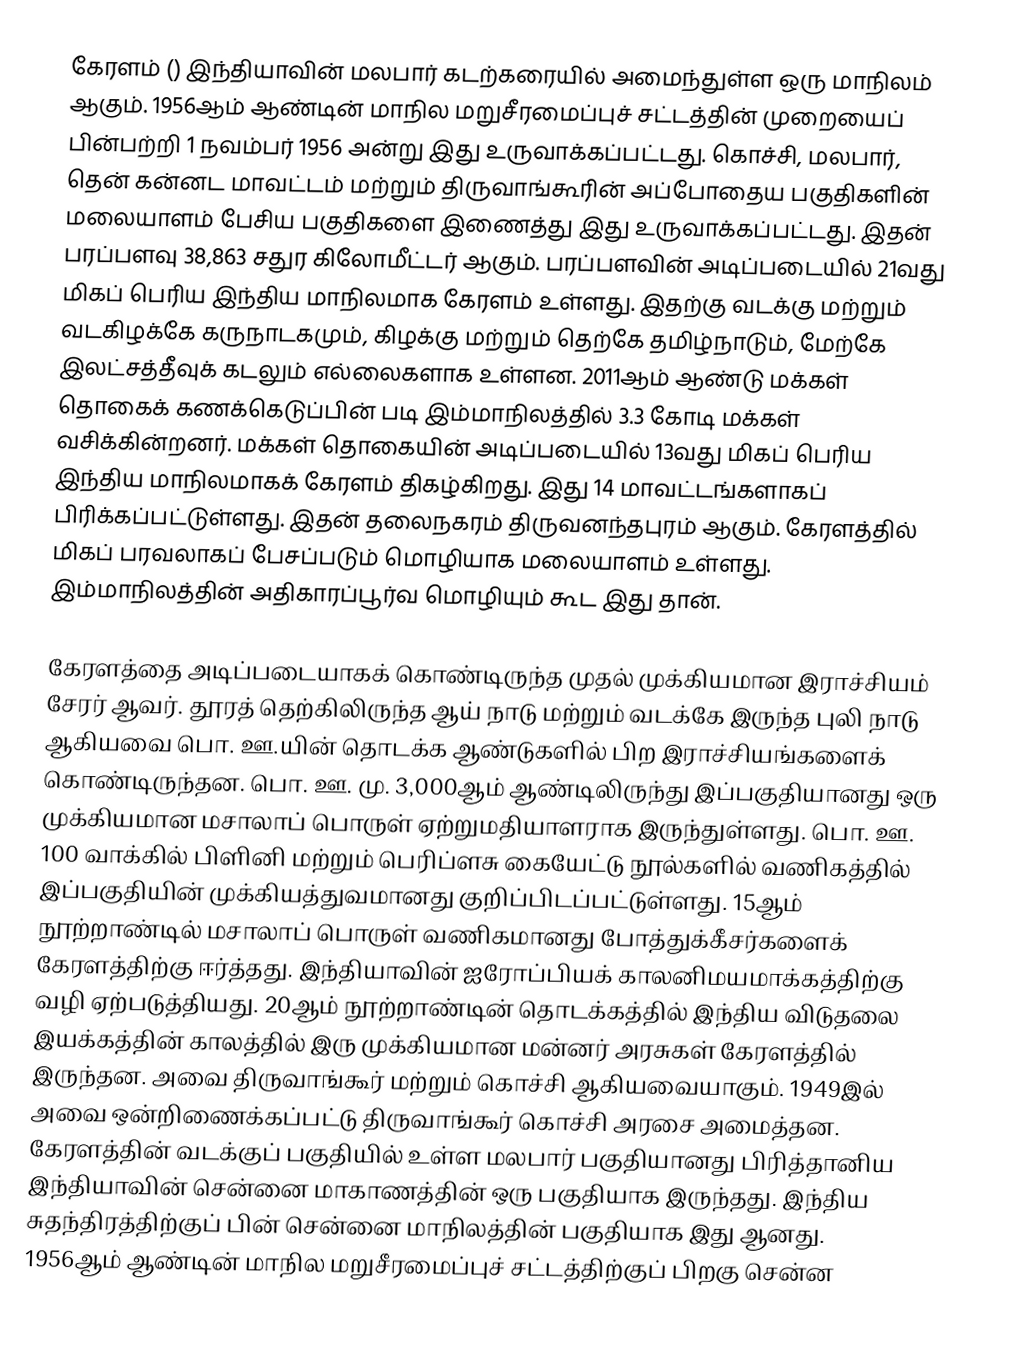
கேரளம் () இந்தியாவின் மலபார் கடற்கரையில் அமைந்துள்ள ஒரு மாநிலம் ஆகும். 1956ஆம் ஆண்டின் மாநில மறுசீரமைப்புச் சட்டத்தின் முறையைப் பின்பற்றி 1 நவம்பர் 1956 அன்று இது உருவாக்கப்பட்டது. கொச்சி, மலபார், தென் கன்னட மாவட்டம் மற்றும் திருவாங்கூரின் அப்போதைய பகுதிகளின் மலையாளம் பேசிய பகுதிகளை இணைத்து இது உருவாக்கப்பட்டது. இதன் பரப்பளவு 38,863 சதுர கிலோமீட்டர் ஆகும். பரப்பளவின் அடிப்படையில் 21வது மிகப் பெரிய இந்திய மாநிலமாக கேரளம் உள்ளது. இதற்கு வடக்கு மற்றும் வடகிழக்கே கருநாடகமும், கிழக்கு மற்றும் தெற்கே தமிழ்நாடும், மேற்கே இலட்சத்தீவுக் கடலும் எல்லைகளாக உள்ளன. 2011ஆம் ஆண்டு மக்கள் தொகைக் கணக்கெடுப்பின் படி இம்மாநிலத்தில் 3.3 கோடி மக்கள் வசிக்கின்றனர். மக்கள் தொகையின் அடிப்படையில் 13வது மிகப் பெரிய இந்திய மாநிலமாகக் கேரளம் திகழ்கிறது. இது 14 மாவட்டங்களாகப் பிரிக்கப்பட்டுள்ளது. இதன் தலைநகரம் திருவனந்தபுரம் ஆகும். கேரளத்தில் மிகப் பரவலாகப் பேசப்படும் மொழியாக மலையாளம் உள்ளது. இம்மாநிலத்தின் அதிகாரப்பூர்வ மொழியும் கூட இது தான்.

கேரளத்தை அடிப்படையாகக் கொண்டிருந்த முதல் முக்கியமான இராச்சியம் சேரர் ஆவர். தூரத் தெற்கிலிருந்த ஆய் நாடு மற்றும் வடக்கே இருந்த புலி நாடு ஆகியவை பொ. ஊ.யின் தொடக்க ஆண்டுகளில் பிற இராச்சியங்களைக் கொண்டிருந்தன. பொ. ஊ. மு. 3,000ஆம் ஆண்டிலிருந்து இப்பகுதியானது ஒரு முக்கியமான மசாலாப் பொருள் ஏற்றுமதியாளராக இருந்துள்ளது. பொ. ஊ. 100 வாக்கில் பிளினி மற்றும் பெரிப்ளசு கையேட்டு நூல்களில் வணிகத்தில் இப்பகுதியின் முக்கியத்துவமானது குறிப்பிடப்பட்டுள்ளது. 15ஆம் நூற்றாண்டில் மசாலாப் பொருள் வணிகமானது போத்துக்கீசர்களைக் கேரளத்திற்கு ஈர்த்தது. இந்தியாவின் ஐரோப்பியக் காலனிமயமாக்கத்திற்கு வழி ஏற்படுத்தியது. 20ஆம் நூற்றாண்டின் தொடக்கத்தில் இந்திய விடுதலை இயக்கத்தின் காலத்தில் இரு முக்கியமான மன்னர் அரசுகள் கேரளத்தில் இருந்தன. அவை திருவாங்கூர் மற்றும் கொச்சி ஆகியவையாகும். 1949இல் அவை ஒன்றிணைக்கப்பட்டு திருவாங்கூர் கொச்சி அரசை அமைத்தன. கேரளத்தின் வடக்குப் பகுதியில் உள்ள மலபார் பகுதியானது பிரித்தானிய இந்தியாவின் சென்னை மாகாணத்தின் ஒரு பகுதியாக இருந்தது. இந்திய சுதந்திரத்திற்குப் பின் சென்னை மாநிலத்தின் பகுதியாக இது ஆனது. 1956ஆம் ஆண்டின் மாநில மறுசீரமைப்புச் சட்டத்திற்குப் பிறகு சென்ன